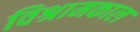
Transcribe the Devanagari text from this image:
विश्रामकाल